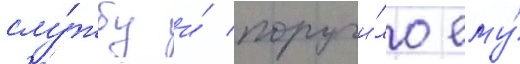
слу́жбу и́ поручи́ло ему́